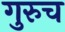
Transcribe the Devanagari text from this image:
गुरुच